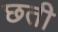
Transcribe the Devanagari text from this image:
छती